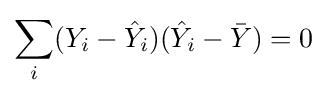
\sum _{i}(Y_{i}-{\hat {Y}}_{i})({\hat {Y}}_{i}-{\bar {Y}})=0